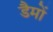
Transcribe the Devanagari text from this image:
डैमों